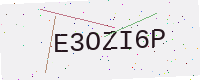
Text: E3OZI6P